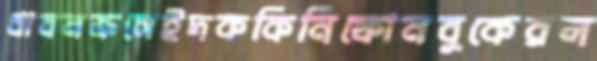
ধাবনক্রসেইদককিনিফোনবুকেরল